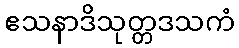
ဧသနာဒိသုတ္တဒသကံ